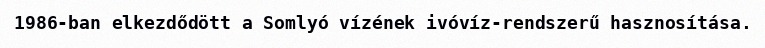
1986-ban elkezdődött a Somlyó vízének ivóvíz-rendszerű hasznosítása.